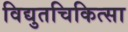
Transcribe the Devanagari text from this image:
विद्युतचिकित्सा